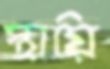
স্থায়ি